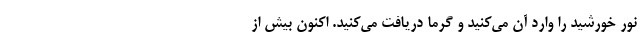
نور خورشید را وارد آن می‌کنید و گرما دریافت می‌کنید. اکنون بیش از